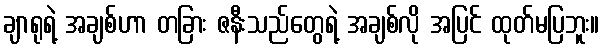
ချာရုရဲ့ အချစ်ဟာ တခြား ဇနီးသည်တွေရဲ့ အချစ်လို အပြင် ထုတ်မပြဘူး။